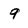
Character: 9